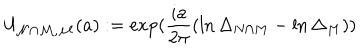
LaTeX: U _ { \mathcal { N \cap M } , \mathcal { M } } ( a ) : = \exp ( \frac { i a } { 2 \pi } ( \ln \Delta _ { N \cap M } - \ln \Delta _ { M } ) )